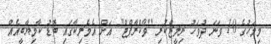
މިމަހުގެ 10 ވަނަ ދުވަހު ރިލީޒްކުރި "ވޯކްރާފްޓް" އަށް އެމެރިކާގައި ބޮޑު ކާމިޔާބީއެއް